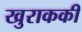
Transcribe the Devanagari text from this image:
खुराककी